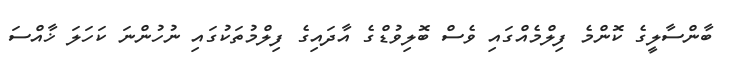
ބާންސާލީގެ ކޮންމެ ފިލްމެއްގައި ވެސް ބޮލިވުޑްގެ އާދައިގެ ފިލްމުތަކުގައި ނުހުންނަ ކަހަލަ ޚާއްސަ